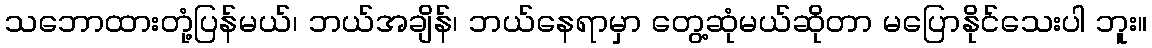
သဘောထားတုံ့ပြန်မယ်၊ ဘယ်အချိန်၊ ဘယ်နေရာမှာ တွေ့ဆုံမယ်ဆိုတာ မပြောနိုင်သေးပါ ဘူး။